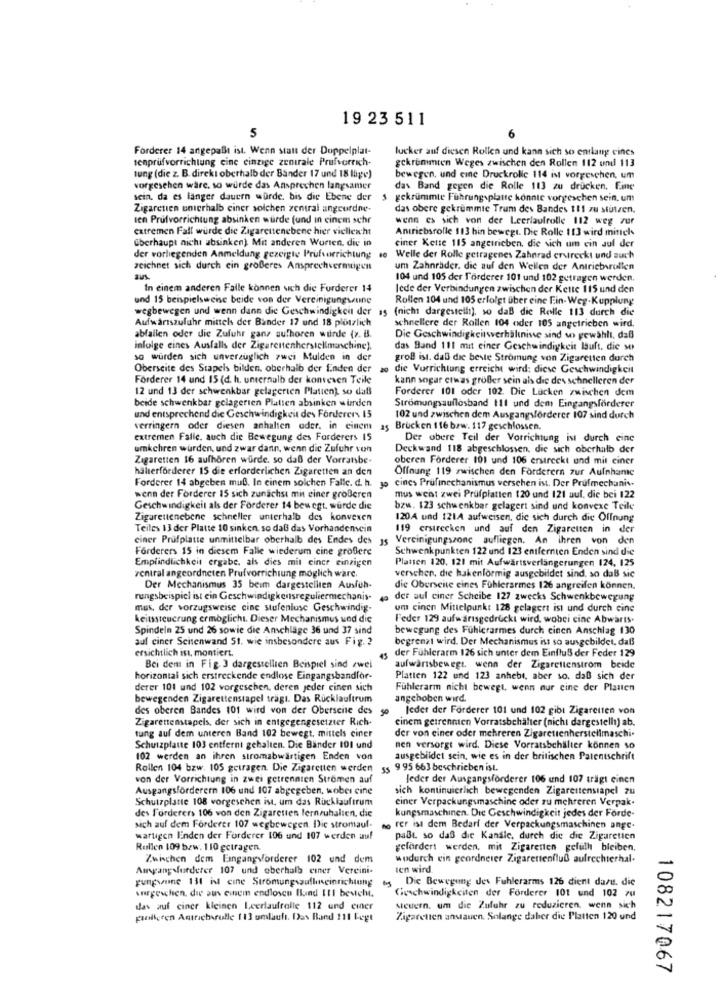
19 23 511
5
Forderer 14 angepaßt ist. Wenn statt der Doppelplat-
tucker auf diesen Rollen und kann sich so entlang cines
senprüfvorrichtung cine einzige zentrale Prufvorrich-
gekrümmten Weges zwischen den Rollen 112 und 113
tung (die z. B. direkt oberhalb der Bander 17 und 18 lage)
bewegen, und eine Druckrolle 114 ist vorgesehen, um
vorgesehen wäre. so würde das Ansprechen langsamer
das Band gegen die Rolle 113 zu drucken, Eine
sein, da es langer dauern wurde, bis die Ebene der s gekrümmte Führung platte konnte vorgeschen sein, um
Zigaretten unterhalb einer solchen zentral angcurdne-
das obere gekrümmte Trum des Bandes 111 zu stutzen.
ten Prufvorrichtung absinken wurde (und in cinem schr
wenn es sich von der Leerlaufrolle 112 weg zur
extremen Fall wurde die Zigarettenebene hier viellexht
Antriebsrolle 113 hin bewegt. Die Rolle 113 wird mittels
überhaupt nicht absinken) Mit anderen Worten, die in
einer Kette 115 angetrieben, die sich um ein Jul der
der vorliegenden Anmeldung gezeigte Prufvorrichtung
Welle der Rolle getragenes Zahnrad erstreckt und such
zeichnet sich durch ein großeres Ansprechvermogen
um Zahnräder. die auf den Wellen der Antriebvrollen
aus
104 und 105 der Tärderer 101 und 102 getragen werden.
In einem anderen Falle können sich die Furderer 14
lede der Verbindungen zwischen der Kette 115 und den
und 15 beispielsweise beide von der Vereinigungsune
Rollen 104 und 105 erfolgt über eine Ein-Weg-Kupplung
wegbewegen und wenn dann die Geschwindigkeit der 15 (nicht dargestellt), so daß die Rolle 113 durch die
Aufwärtszufuhr mittels der Bander 17 und 18 plötzlich
schnellere der Rollen 104 oder 105 angetrieben wird.
abfallen oder die Zufuhr ganz aufhoren wurde (z. B.
Die Geschwindigkeitverhältnisse sind so gewählt, daß
infolge eines Ausfalls der Zigarettenherstellmaschine).
das Band 111 mut einer Geschwindigkeit lauft. die so
so wurden sich unverzüglich zwei Mulden in der
groß ist. daß die beste Strömung von Zigaretten durch
Oberseite des Stapels bilden, oberhalb der Enden der
20
die Vorrichtung erreicht wird: diese Geschwindigkeit
Förderer 14 und 15 (d. h. unternalb der konvexen Teile
kann sogar etwas großer sein als die des schnelleren der
12 und 13 der schwenkbar gelagerten Platten) so daß
Forderer 101 oder 102. Die Lacken zwischen dem
beide schwenkbar gelagerten Platten absinken wurden
Strömungsauflosband 111 und dem Eingangsförderer
und entsprechend die Geschwindigkeit des Forderers 15
102 und zwischen dem Ausgangsförderer 107 sind durch
verringern oder diesen anhalten oder. in einem
25 Brucken 116 bzw. 117 geschlossen.
extremen Falle. auch die Bewegung des Forderers 15
Der obere Teil der Vorrichtung ist durch eine
umkchren wurden, und zwar dann, wenn die Zufuhr von
Deckwand 118 abgeschlossen, die sich oberhalb der
Zigaretten 16 aufhören würde. so daß der Vorratsbe-
oberen Forderer 101 und 106 erstreckt und mit einer
halterförderer 15 die erforderlichen Zigaretten an den
Offnung 119 zwischen den Forderern zur Aufnhame
Forderer 14 abgeben muß. In einem solchen Fallc. d. h.
cines Prufinechanismus verschen ist. Der Prufmechanis.
wenn der Forderer 15 sich zunächst mit einer großeren
mus went zwei Prüfplatten 120 und 121 aul, die bei 122
Geschwindigkeit als der Forderer 14 bewegt. wurde die
bzw. 123 schwenkbar gelagert sind und konvexe Teile
Zigarettenebene schneller unterhalb des konvexen
120A und 1214 aufweisen, die sich durch die Offnung
Teiles 13 der Platte 10 sinken, so daß das Vorhandensein
119 erstrecken und auf den Zigaretten in der
ciner Prüfplatte unmittelbar oberhalb des Endes des js Vereinigungszone aufliegen. An ihren von den
Forderers 15 in diesem Falle wiederum cine großere
Schwenkpunkten 122 und 123 entfernten Enden sind die
Empfindlichkeit ergabe, als dies mit einer einzigen
Platen 120. 121 mit Aufwärtsverlängerungen 124, 125
zentral angeordneten Prufvorrichtung moglich ware.
verschen, die hakenformig ausgebildet sind, so daß sie
Der Mechanismus 35 beim dargestellten Ausfüh-
die Oberseite eines Fühlerarmes 126 angreifen können.
rungsbeispiel ist ein Geschwindigkeitsreguliermechanis-
49 der auf einer Scheibe 127 zwecks Schwenkbewegung
mus, der vorzugsweise cine stufenluse Geschwindig-
um cinco Mittelpunkt 128 gelagert ist und durch cine
keitssteuerung ermöglicht. Dieser Mechanismus und die
Feder 129 aufwarisgedruckt wird, wobei cine Abwärts.
Spindeln 25 und 26 sowie die Anschläge 36 und 37 sind
bewegung des Fühlerarmes durch einen Anschlag 130
auf ciner Seitenwand St. wie insbesondere aus Fig. 2
begrenzt wird. Der Mechanismus ist so ausgebildet, daß
ersichtlich ist, montiert.
der Fühlerarm 126 sich unter dem Einfluß der Feder 129
45
Bei dem in Fig. 3 dargestellten Beispiel sind zwei
aufwarisbewegt, wenn der Zigarettenstrom beide
horizontal sich erstreckende endlose Eingangsbandfor-
Platten 122 und 123 anhebt, aber so, daß sich der
derer 101 und 102 vorgesehen, deren jeder cinen sich
Fühlerarm nicht bewegt, wenn nur cine der Platten
bewegenden Zigarettenstapel trägt. Das Rücklauftrum
angehoben wird.
des oberen Bandes 101 wird von der Oberseite des
leder der Förderer 101 und 102 gibt Zigaretten von
Zigarettenstapels, der sich in entgegengesetzter Rich-
einem getrennten Vorratsbehälter (nicht dargestellt) ab.
tung auf dem unteren Band 102 bewegt, mittels ciner
der von einer oder mehreren Zigarettenherstellmaschi-
Schutzplatte 103 entfernt gehalten. Die Bänder 101 und
nen versorgt wird. Diese Vorratsbehälter können so
102 werden an ihren stromabwärtigen Enden von
ausgebildet sein, wie es in der britischen Patentschrift
Rollen 104 bzw. 105 getragen. Die Zigaretten werden
55 9 95 663 beschrieben ist.
von der Vorrichtung in zwei getrennten Stromen auf
Jeder der Ausgangsforderer 106 und 107 trägt cinen
Ausgangsforderern 106 und 107 abgegeben, wobei cine
sich kontinuierlich bewegenden Zigarettenstapel zu
Schutzplatte 108 vorgeschen ist, um das Rücklauftrum
einer Verpackungsmaschine oder zu mehreren Verpak.
des Forderers 106 von den Zigaretten fernzuhalten, die
kungsmaschinen. Die Geschwindigkeit jedes der Förde-
sich auf dem Forderer 107 wegbewegen. Die stromauf-
no fer ist dem Bedarf der Verpackungsmaschinen ange.
warugen linden der Forderer 106 und 107 werden auf
paßt so daß die Kansie, durch die die Zigaretten
Rollen 109 bzw. 110 getragen.
gefordert werden, mit Zigaretten gefull bleiben,
Zwischen dem Eingangvorderer 102 und dem
wodurch ein geordneter Zigarettenfluß aufrechterhal-
Ausgangvurderer 107 und oberhalb einer Vereini-
ten wird.
gungwune 131 il cine Strömungszulleneinrichtung
M
Die Bewegung des Fuhlerarms 126 dient dazu. die
wirgewhen, die aus einem endlosen fund III besicht.
Geschwindigkeiten der Förderer 101 und 102 zu
das auf ciner kieinen Leerlaufralle 112 und einer
steuern. um die Zufuhr zu reduzieren, wenn sich
polieren Antrich rulle 1 13 umlaufi. Das Band 111 Fegt
Zigaretten anstauen. Solange daber die Platten 120 und
108217067